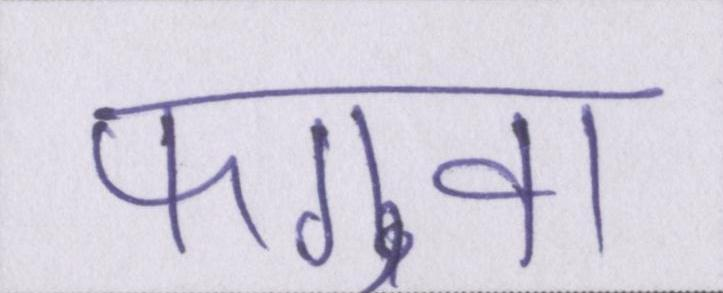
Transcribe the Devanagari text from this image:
फगुवा